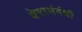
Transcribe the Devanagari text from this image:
क्षेत्रासंबंधी